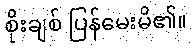
စိုးချစ် ပြန်မေးမိ၏။